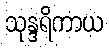
သုန္ဒရိကာယ